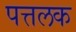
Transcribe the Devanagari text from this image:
पत्तलक